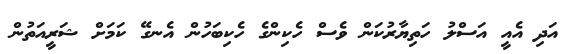
އަދި އެއީ އަސްލު ހަތިޔާރުކަން ވެސް ހެކިންގެ ހެކިބަހުން އެނގޭ ކަމަށް ޝަރީއަތުން